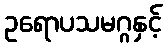
ဥရောပသမဂ္ဂနှင့်